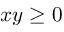
x y \ge 0